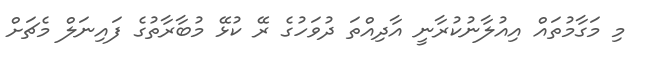
މި މަގާމުތައް އިއުލާނުކުރާނީ އާދިއްތަ ދުވަހުގެ ރޭ ކުޅޭ މުބާރާތުގެ ފައިނަލް މެޗަށް